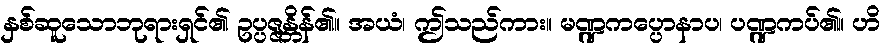
နှစ်ဆူသောဘုရားရှင်၏ ဥပ္ပဇ္ဇန္တိန်၏။ အယံ၊ ဤသည်ကား။ မဏ္ဍကပ္ပောနာပ၊ ပဏ္ဍကပ်၏။ ဟိ